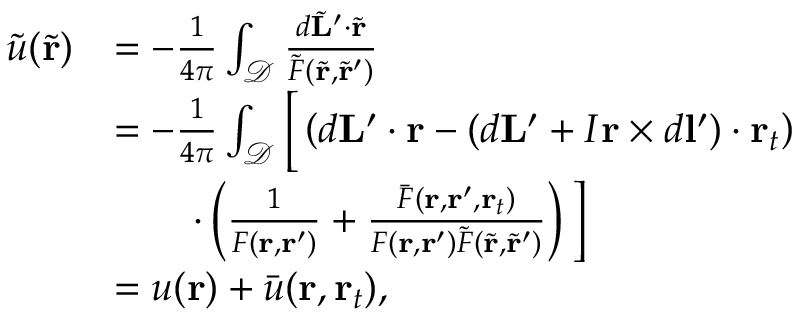
\begin{array} { r l } { \tilde { u } ( \tilde { \mathbf { r } } ) } & { = - \frac { 1 } { 4 \pi } \int _ { \mathcal { D } } \frac { d \tilde { \mathbf { L } } ^ { \prime } \cdot \tilde { \mathbf { r } } } { \tilde { F } ( \tilde { \mathbf { r } } , \tilde { \mathbf { r } } ^ { \prime } ) } } \\ & { = - \frac { 1 } { 4 \pi } \int _ { \mathcal { D } } \bigg [ \left( d \mathbf { L } ^ { \prime } \cdot \mathbf { r } - ( d \mathbf { L } ^ { \prime } + I \mathbf { r } \times d \mathbf { l } ^ { \prime } ) \cdot \mathbf { r } _ { t } \right) } \\ & { \qquad \cdot \left( \frac { 1 } { F ( \mathbf { r } , \mathbf { r } ^ { \prime } ) } + \frac { \bar { F } ( \mathbf { r } , \mathbf { r } ^ { \prime } , \mathbf { r } _ { t } ) } { F ( \mathbf { r } , \mathbf { r } ^ { \prime } ) \tilde { F } ( \tilde { \mathbf { r } } , \tilde { \mathbf { r } } ^ { \prime } ) } \right) \bigg ] } \\ & { = u ( \mathbf { r } ) + \bar { u } ( \mathbf { r } , \mathbf { r } _ { t } ) , } \end{array}